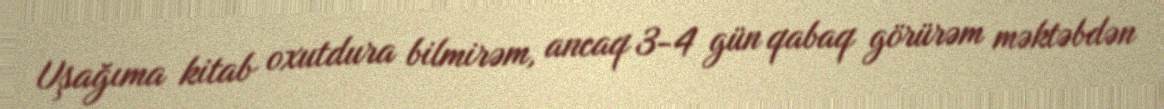
Uşağıma kitab oxutdura bilmirəm, ancaq 3-4 gün qabaq görürəm məktəbdən